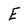
Character: E